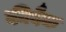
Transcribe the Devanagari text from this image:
कीबैक